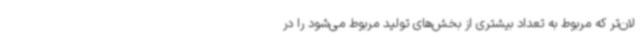
لان‌تر که مربوط به تعداد بیشتری از بخش‌های تولید مربوط می‌شود را در